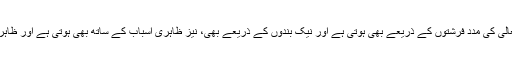
اس سے معلوم ہوا کہ اللہ تعالیٰ کی مدد فرشتوں کے ذریعے بھی ہوتی ہے اور نیک بندوں کے ذریعے بھی، نیز ظاہری اسباب کے ساتھ بھی ہوتی ہے اور ظاہری اسباب سے ہٹ کر بھی۔